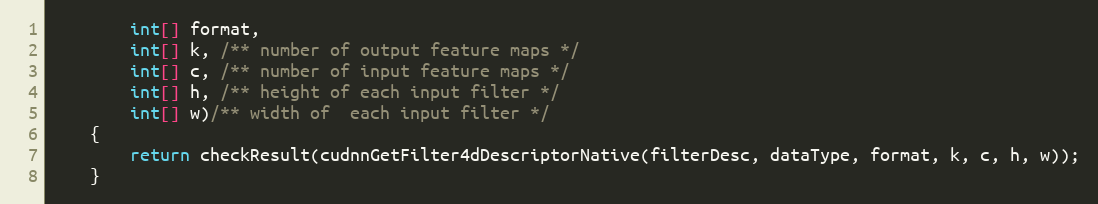
Language: Java
        int[] format,
        int[] k, /** number of output feature maps */
        int[] c, /** number of input feature maps */
        int[] h, /** height of each input filter */
        int[] w)/** width of  each input filter */
    {
        return checkResult(cudnnGetFilter4dDescriptorNative(filterDesc, dataType, format, k, c, h, w));
    }